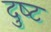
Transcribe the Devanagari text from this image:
दुष्‍ट